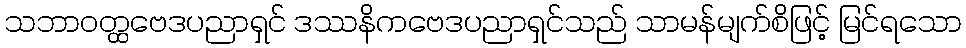
သဘာဝတ္ထဗေဒပညာရှင် ဒဿနိကဗေဒပညာရှင်သည် သာမန်မျက်စိဖြင့် မြင်ရသော